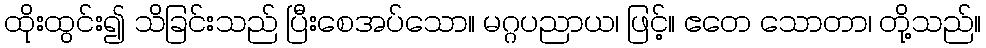
ထိုးထွင်း၍ သိခြင်းသည် ပြီးစေအပ်သော။ မဂ္ဂပညာယ၊ ဖြင့်။ ဧတေ သောတာ၊ တို့သည်။